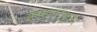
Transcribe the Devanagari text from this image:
कृष्णार्जुना